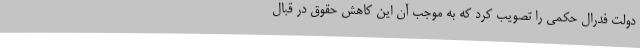
دولت فدرال حکمی را تصویب کرد که به موجب آن این کاهش حقوق در قبال